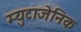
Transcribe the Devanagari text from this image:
म्युटाजेनिक